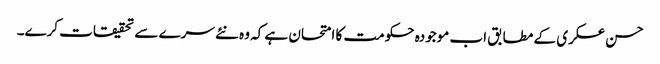
حسن عسکری کے مطابق اب موجودہ حکومت کا امتحان ہے کہ وہ نئے سرے سے تحقیقات کرے۔